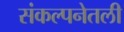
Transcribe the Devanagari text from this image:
संकल्पनेतली